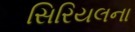
સિરિયલના